Civil Veterinary Dept. Bombay admin report 1923-31 - 1923-1931
Year: 1923
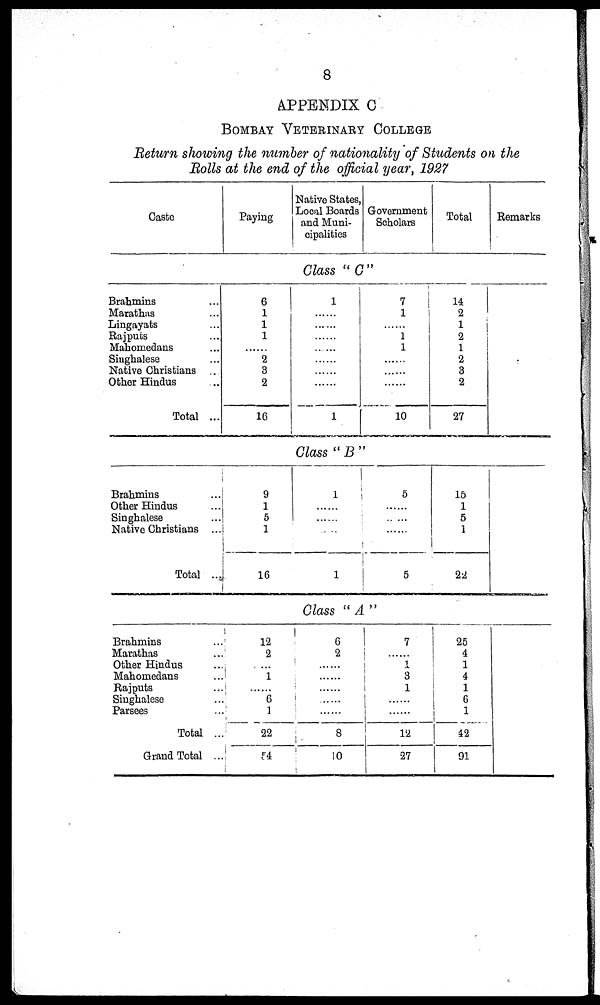
8
APPENDIX C
BOMBAY VETERINARY COLLEGE.
Return showing the number of nationality of Students on the
Bolls at the end of the official year, 1927
Caste
Brahmins ...
Matathas ...
Lingayats ...
Rajputs ...
Mahomedans ...
Singhalese ...
Native Christians ...
Other Hindus ...
Total ...
Brahmins
...
Other Hindus
...
Singhalese
...
Native Christians ...
Total ...
Brahmins ...
Marathas ...
Other Hindus ...
Mahomedans ...
Rajputs ...
Singhalese ...
Parsees ...
Total ...
Grand Total ...
Paying
Native States,
Local Boards
and Muni-
cipalities
Government
Scholars
Total
Class " C "
6
1
1
1
......
2
3
2
16
1
......
......
1
7
1
1
1
......
......
......
10
14
2
1
2
1
2
3
2
27
Class " B "
9
1
5
1
16
1
......
......
......
1
5
......
......
......
5
15
1
5
1
22
Class "A"
12
2
1
6
1
22
54
6
2
......
......
......
......
......
8
10
7
1
3
1
......
......
12
27
25
4 1
4 1
6 1
42
91
Remarks